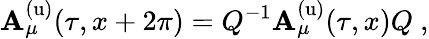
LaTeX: \mathbf{A}_{\mu}^{\mathrm{{(u)}}}(\tau,x+2\pi)=Q^{-1}\mathbf{A}_{\mu}^{\mathrm{{(u)}}}(\tau,x)Q~,